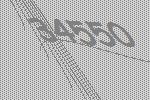
34550